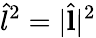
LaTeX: \hat{l}^{2}=|\hat{\mathbf{l}}|^{2}